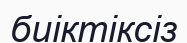
биіктіксіз